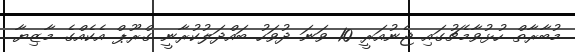
މުބާރާތް ހުޅުވާމެޗުގައި ޖެނުއަރީ 10 ވަނަ ދުވަހު ބައްދަލުކުރާނީ ގްރޫޕް އެކެއްގެ މާޒިޔާ